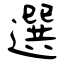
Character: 選